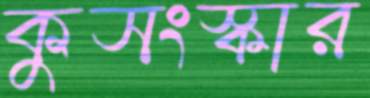
কুসংস্কার